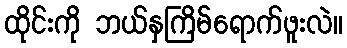
ထိုင်းကို ဘယ်နှကြိမ်ရောက်ဖူးလဲ။